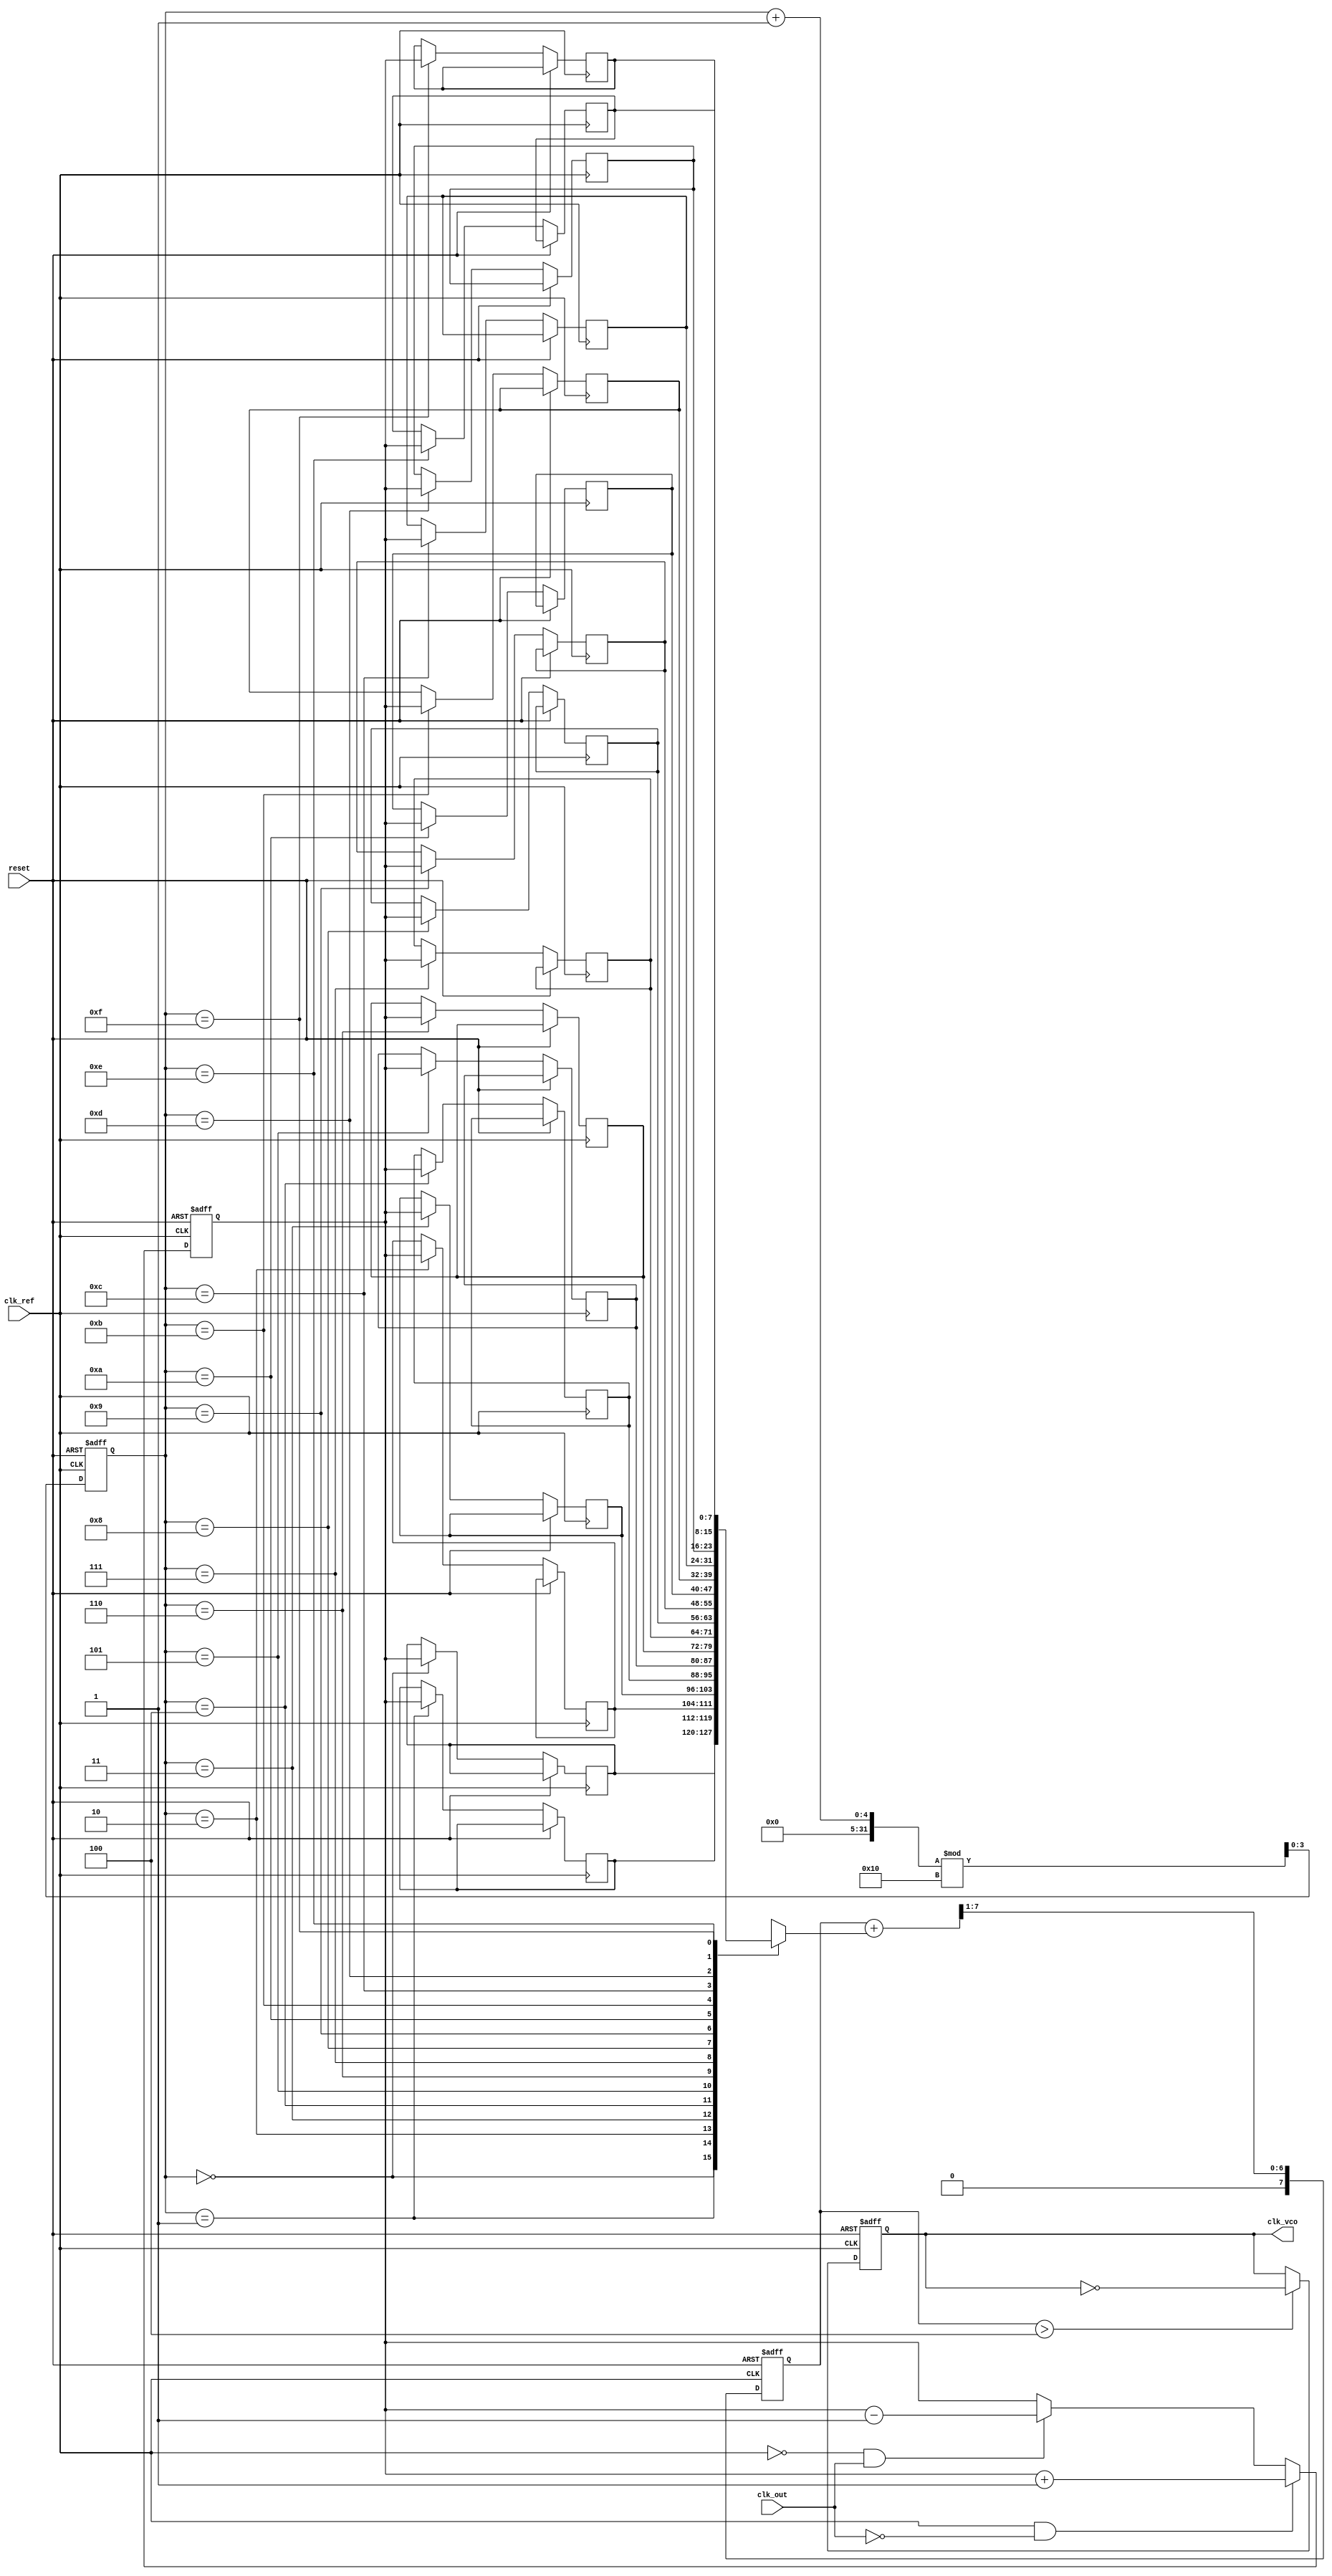
module MemoryBlocksPLL (
    input wire clk_ref,          // Reference clock input
    input wire clk_out,          // Output clock from VCO
    input wire reset,            // Asynchronous reset
    output reg clk_vco           // VCO output clock
);

    // Parameters
    parameter PHASE_WIDTH = 8;   // Width of phase error signal
    parameter FILTER_WIDTH = 8;   // Width of control voltage signal
    parameter MEMORY_DEPTH = 16;   // Depth of memory blocks

    // Internal signals
    reg [PHASE_WIDTH-1:0] phase_error; // Phase error signal
    reg [FILTER_WIDTH-1:0] control_voltage; // Control voltage from loop filter
    reg [FILTER_WIDTH-1:0] memory [0:MEMORY_DEPTH-1]; // Memory blocks for storing phase error and control signals
    reg [3:0] mem_index; // Memory index for storing phase error

    // Phase Detector (PD)
    always @(posedge clk_ref or posedge reset) begin
        if (reset) begin
            phase_error <= 0;
        end else begin
            // Simple phase comparison logic (example)
            if (clk_ref && !clk_out) begin
                phase_error <= phase_error + 1; // Increment phase error
            end else if (!clk_ref && clk_out) begin
                phase_error <= phase_error - 1; // Decrement phase error
            end
        end
    end

    // Store phase error in memory
    always @(posedge clk_ref or posedge reset) begin
        if (reset) begin
            mem_index <= 0;
        end else begin
            memory[mem_index] <= phase_error; // Store phase error in memory
            mem_index <= (mem_index + 1) % MEMORY_DEPTH; // Circular buffer
        end
    end

    // Loop Filter (LF)
    always @(posedge clk_ref or posedge reset) begin
        if (reset) begin
            control_voltage <= 0;
        end else begin
            // Simple low-pass filter (example)
            control_voltage <= (control_voltage + memory[mem_index]) >> 1; // Average with previous value
        end
    end

    // Voltage-Controlled Oscillator (VCO)
    always @(posedge clk_ref or posedge reset) begin
        if (reset) begin
            clk_vco <= 0;
        end else begin
            // Simple VCO logic (example)
            if (control_voltage > (FILTER_WIDTH/2)) begin
                clk_vco <= ~clk_vco; // Toggle output clock based on control voltage
            end
        end
    end

endmodule